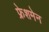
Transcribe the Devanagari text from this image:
फ्रेशमेन